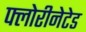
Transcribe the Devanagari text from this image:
फ्लोरीनेटेड